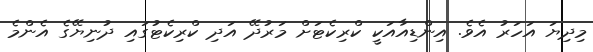
މިދިޔަ އަހަރު އެވެ. އިންޑިއާއަކީ ކްރިކެޓަށް މަރުދޭ އަދި ކްރިކެޓުގައި ދުނިޔޭގެ އެންމެ